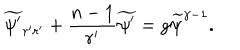
LaTeX: { \widetilde { \psi ^ { \prime } } } _ { r ^ { \prime } r ^ { \prime } } + { \frac { n - 1 } { r ^ { \prime } } } { \widetilde { \psi ^ { \prime } } } = g { \widetilde { \psi } } ^ { \gamma - 1 } .